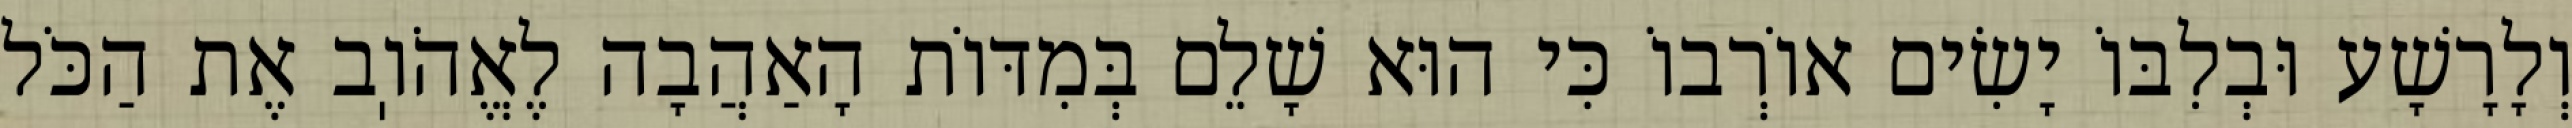
וְלָרָשָׁע וּבְלִבּוֹ יָשִׂים אוֹרְבוֹ כִּי הוּא שָׁלֵם בְּמִדּוֹת הָאַהֲבָה לֶאֱהֹוֽב אֶת הַכֹּל